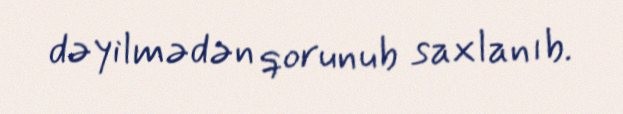
dəyilmədən qorunub saxlanıb.